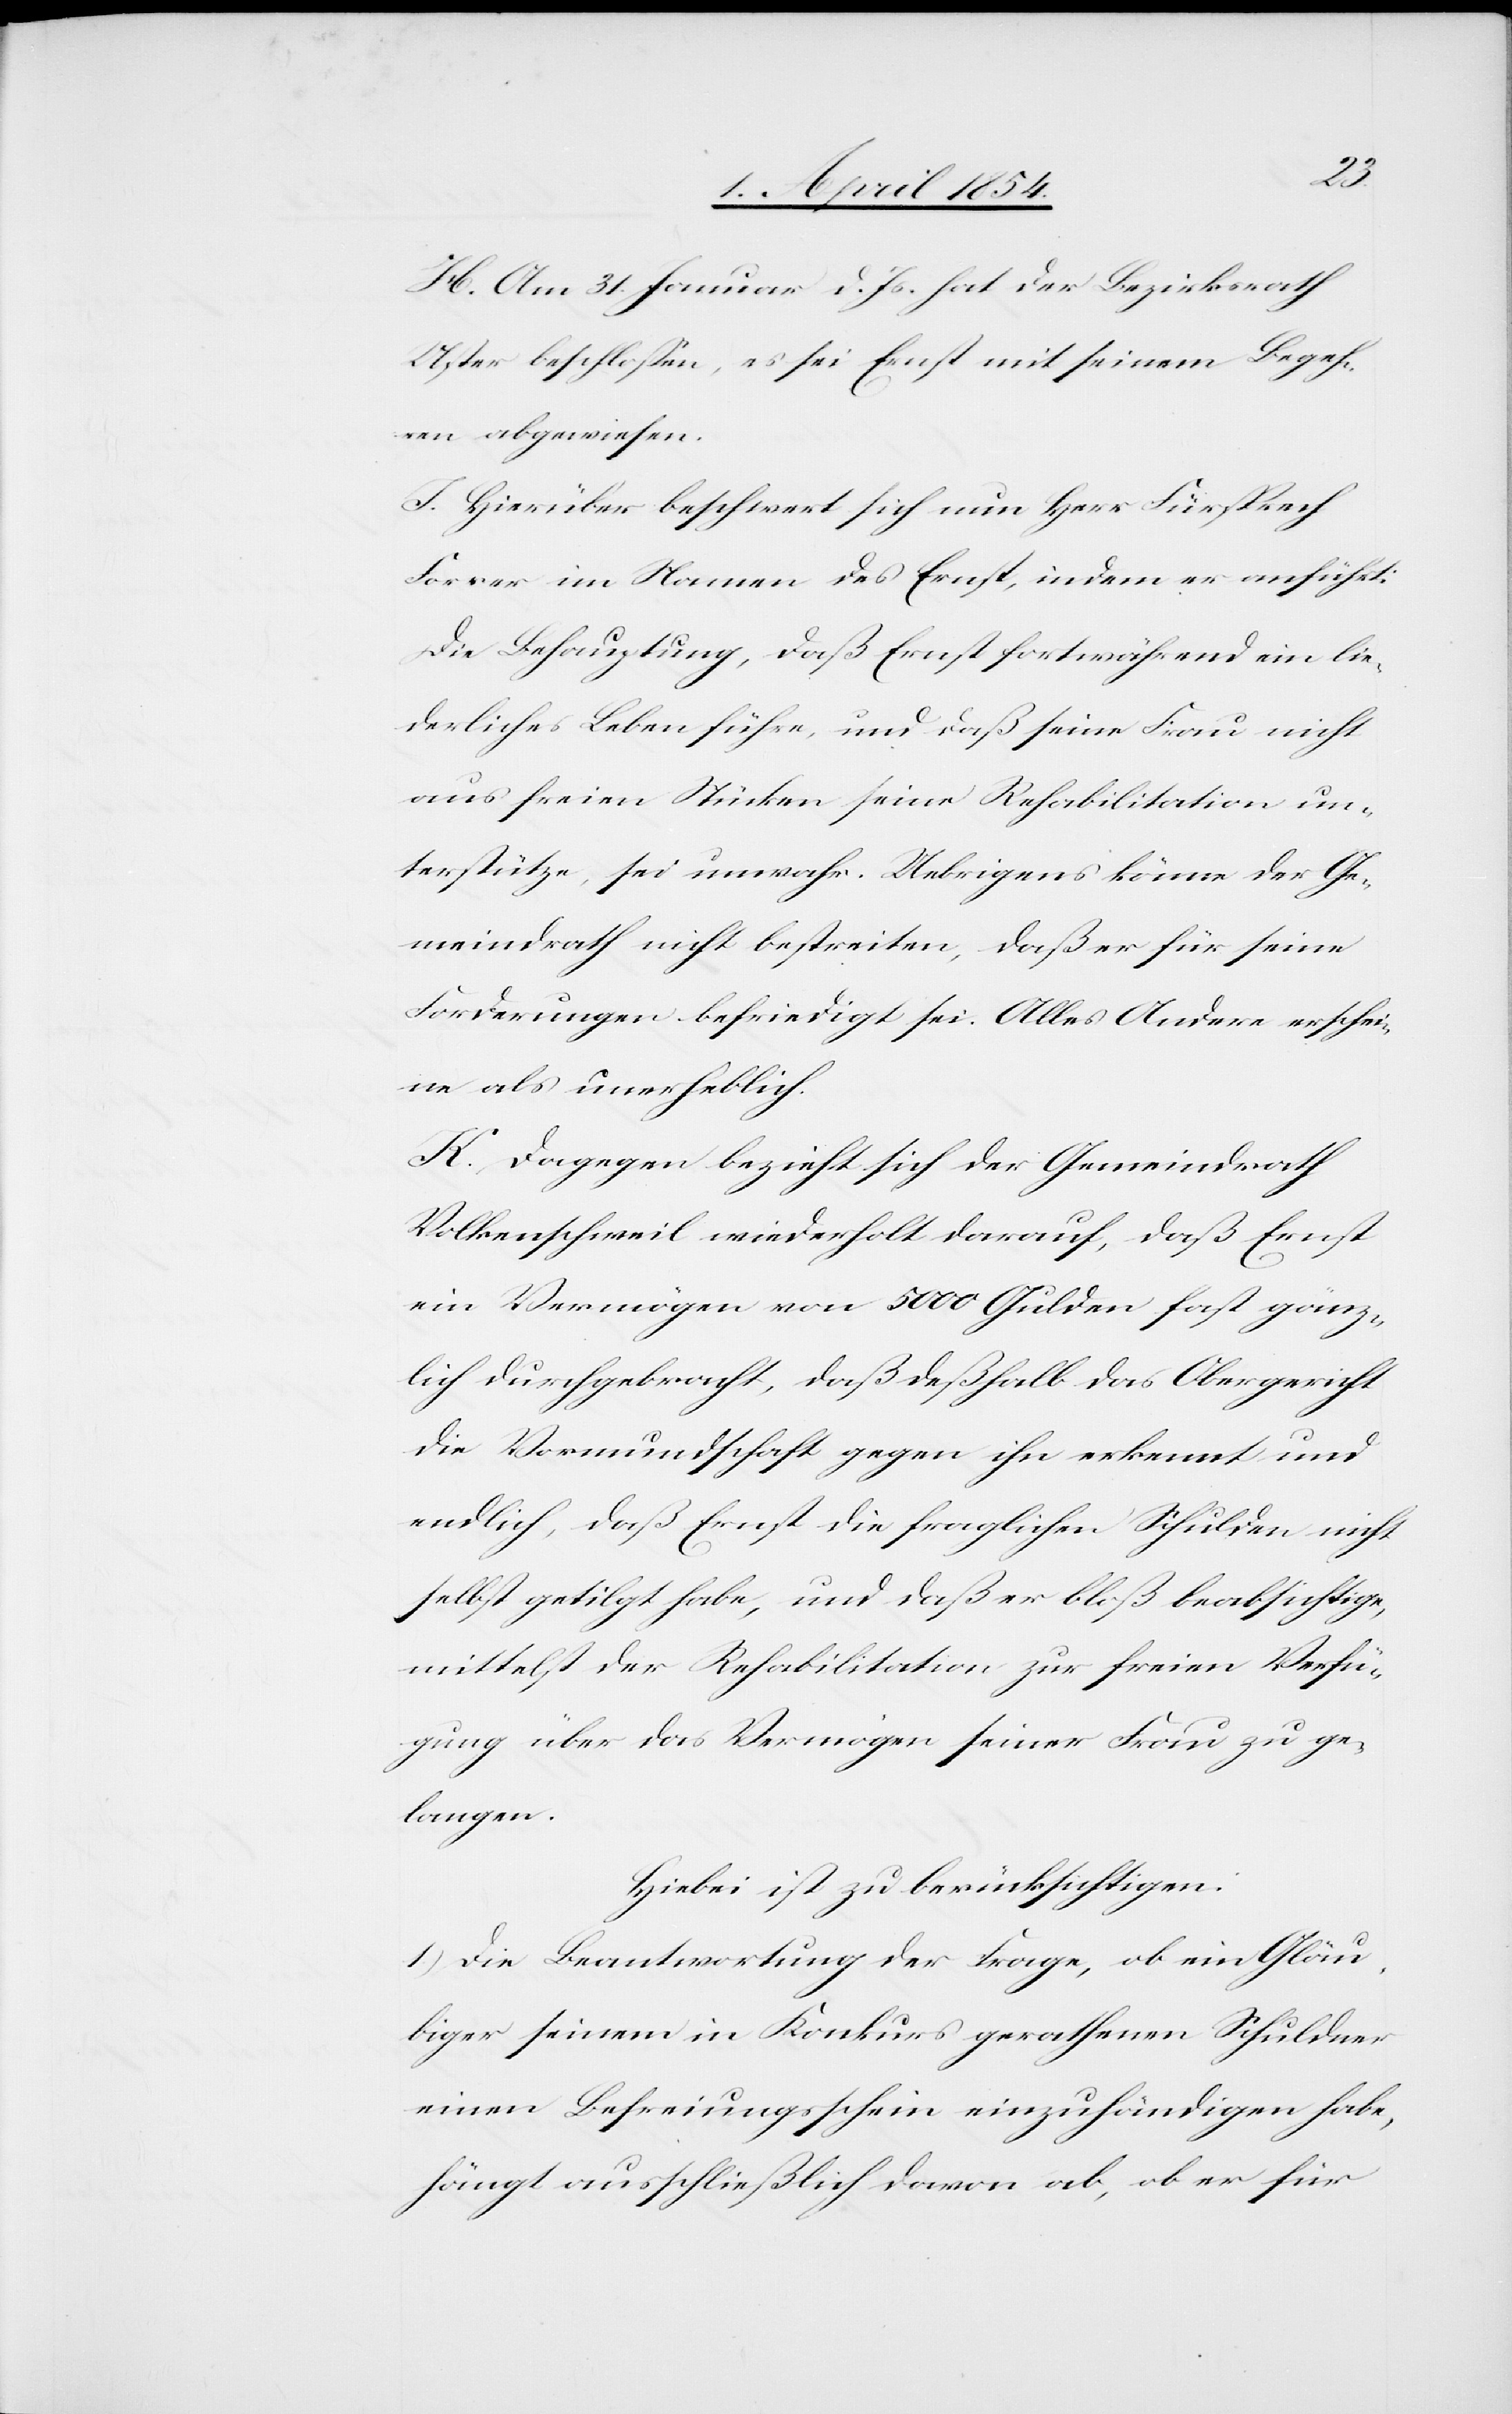
H. Am 31. Januar d. Js. hat der Bezirksrath
Uster beschloßen, er sei mit seinem Begeh¬
ren abgewiesen.
I. Hierüber beschwert sich nun Herr Fürsprech
Forrer im Namen des Ernst, indem er anführt:
Die Behauptung, daß Ernst fortwährend ein lie¬
derliches Leben führe, und daß seine Frau nicht
aus freien Stücken seine Rehabilitation un¬
terstütze, sei unwahr. Uebrigens könne der Ge¬
meindrath nicht bestreiten, daß er für seine
Forderungen befriedigt sei. Alles Andere erschei¬
ne als unerheblich.
K. Dagegen bezieht sich der Gemeindrath
Volkenschweil wiederholt darauf, daß Ernst
ein Vermögen von 5000 Gulden fast gänz¬
lich durchgebracht, daß deshalb das Obergericht
die Vormundschaft gegen ihn erkennt und
endlich, daß Ernst die fraglichen Schulden nicht
selbst getilgt habe, und daß er bloß beabsichtige,
mittelst der Rehabilitation zur freien Verfü¬
gung über das Vermögen seiner Frau zu ge¬
langen.
Hiebei ist zu berücksichtigen:
1.) Die Beantwortung der Frage, ob ein Gläu¬
biger seinem in Konkurs gerathenen Schuldner
einen Befreiungsschein einzuhändigen habe,
hängt ausschließlich davon ab, ob er für